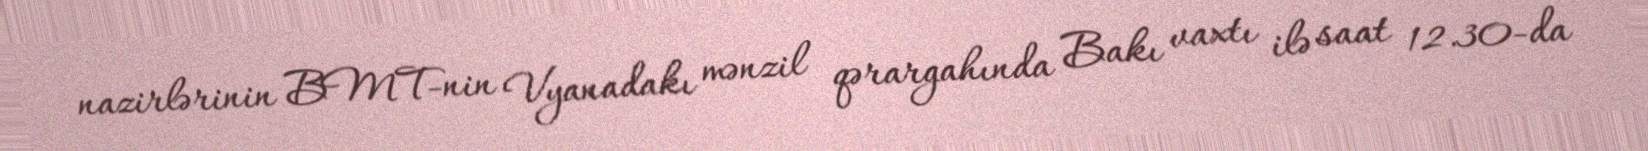
nazirlərinin BMT-nin Vyanadakı mənzil qərargahında Bakı vaxtı ilə saat 12.30-da